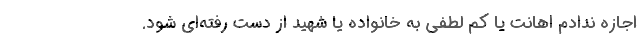
اجازه ندادم اهانت یا کم لطفی به خانواده یا شهید از دست رفته‌ای شود.